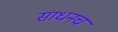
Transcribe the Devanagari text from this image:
साधनच